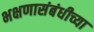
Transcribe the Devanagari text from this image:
भक्षणासंबंधीच्या